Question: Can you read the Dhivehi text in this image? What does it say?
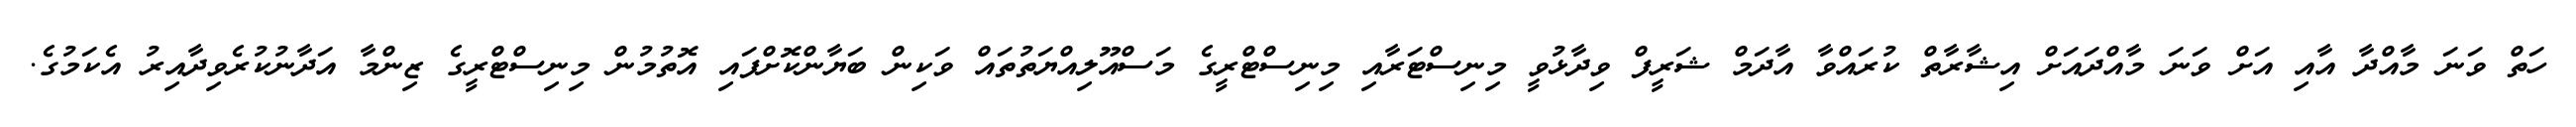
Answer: ހަތް ވަނަ މާއްދާ އާއި އަށް ވަނަ މާއްދައަށް އިޝާރާތް ކުރައްވާ އާދަމް ޝަރީފް ވިދާޅުވީ މިނިސްޓަރާއި މިނިސްޓްރީގެ މަސްއޫލިއްޔަތުތައް ވަކިން ބަޔާންކޮށްފައި އޮތުމުން މިނިސްޓްރީގެ ޒިންމާ އަދާނުކުރެވިދާއިރު އެކަމުގެ.